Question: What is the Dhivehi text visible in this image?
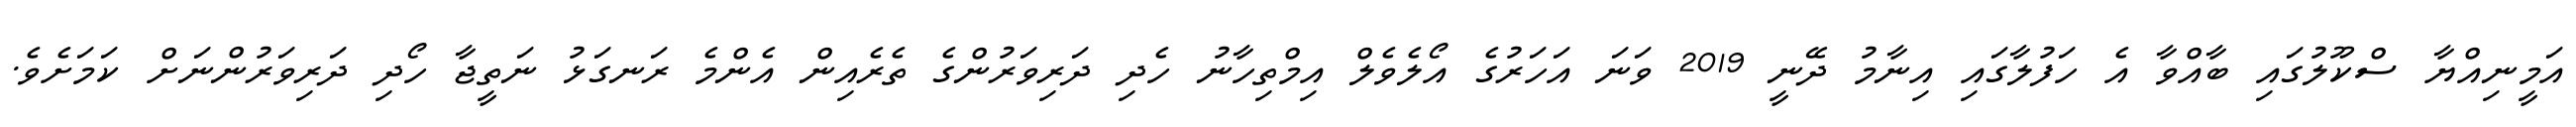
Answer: އަމީނިއްޔާ ސްކޫލުގައި ބާއްވާ އެ ހަފުލާގައި އިނާމު ދޭނީ 2019 ވަނަ އަހަރުގެ އޯލެވެލް އިމްތިހާނު ހެދި ދަރިވަރުންގެ ތެރެއިން އެންމެ ރަނގަޅު ނަތީޖާ ހޯދި ދަރިވަރުންނަށް ކަމަށެވެ.